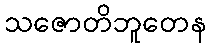
သဇောတိဘူတေန